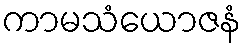
ကာမသံယောဇနံ